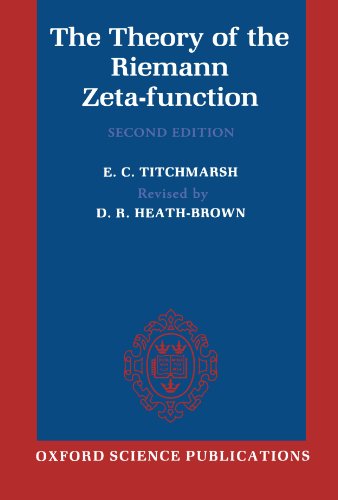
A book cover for The Theory of the Riemann Zeta-Function (Oxford Science Publications); E. C. Titchmarsh; Science & Math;